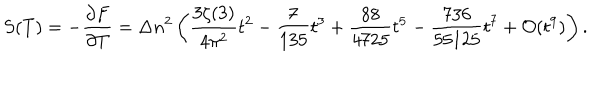
S ( T ) = - \frac { \partial F } { \partial T } = \Delta n ^ { 2 } \left( \frac { 3 \zeta ( 3 ) } { 4 \pi ^ { 2 } } t ^ { 2 } - \frac { 7 } { 1 3 5 } t ^ { 3 } + \frac { 8 8 } { 4 7 2 5 } t ^ { 5 } - \frac { 7 3 6 } { 5 5 1 2 5 } t ^ { 7 } + { \cal O } ( t ^ { 9 } ) \right) { . }